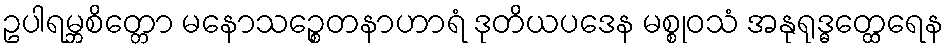
ဥပါရမ္ဘစိတ္တော မနောသဉ္စေတနာဟာရံ ဒုတိယပဒေန မစ္စုဝသံ အနုရုဒ္ဓတ္ထေရေန